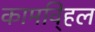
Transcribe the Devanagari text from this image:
कामवि्हल